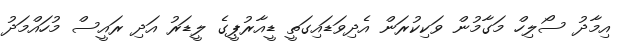
އިމާދު ސޯލިހް މަގާމުން ވަކިކުރަން އެދިވަޑައިގަތީ ޑީއާރުޕީގެ ލީޑަރު އަދި ރައީސް މުހައްމަދު